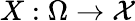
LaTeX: X:\Omega\rightarrow{\mathcal{X}}